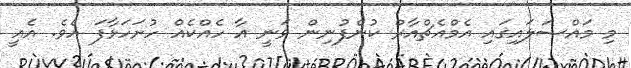
މި މައްސަލައިގައި އެމްއެޗްއާރް ކުންފުނިން ވަނީ އާ ހެއްކެއް ހުށަހަޅާފަ އެވެ. އެއީ